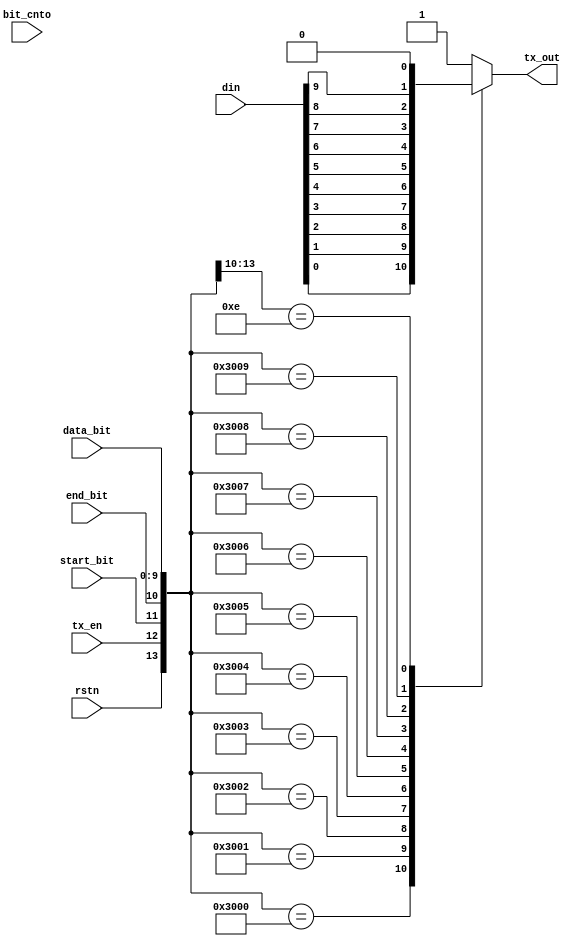
/* ----------------------------------------
		!!! TX Control module !!!
	----------------------------------------
	
	Transmit data bits
	
	
*/

module apb_tx_dp
(
	// Inputs:
	input wire			rstn,			// active LOW to reset
	input wire			tx_en,		// signal to transmit data
	input wire [9:0]  bit_cnto,	// # bit transmitted
	input wire 			start_bit,	// signal HIGH for tx start bit
	input wire			end_bit,		// signal HIGH for tx end bit
	input wire [9:0]	data_bit,	// which data bit to tx
	input wire [9:0]  din,
	
	// Outputs:
	output reg tx_out
);


/* ---------
	Data Path
	---------- */	
always @ *
begin
		
	casex ({rstn, tx_en, start_bit, end_bit, data_bit})
	
		{1'b0, 1'bx, 1'bx, 1'bx, 10'bx}: tx_out = 1'b1;	// Reset
		
		{1'b1, 1'b1, 1'b0, 1'b0, 10'd0}: tx_out = din[0]; // Data bit 0
		{1'b1, 1'b1, 1'b0, 1'b0, 10'd1}: tx_out = din[1]; // Data bit 1
		{1'b1, 1'b1, 1'b0, 1'b0, 10'd2}: tx_out = din[2]; // Data bit 2
		{1'b1, 1'b1, 1'b0, 1'b0, 10'd3}: tx_out = din[3]; // Data bit 3
		{1'b1, 1'b1, 1'b0, 1'b0, 10'd4}: tx_out = din[4]; // Data bit 4
		{1'b1, 1'b1, 1'b0, 1'b0, 10'd5}: tx_out = din[5]; // Data bit 5
		{1'b1, 1'b1, 1'b0, 1'b0, 10'd6}: tx_out = din[6]; // Data bit 6
		{1'b1, 1'b1, 1'b0, 1'b0, 10'd7}: tx_out = din[7]; // Data bit 7
		{1'b1, 1'b1, 1'b0, 1'b0, 10'd8}: tx_out = din[8]; // Data bit 8
		{1'b1, 1'b1, 1'b0, 1'b0, 10'd9}: tx_out = din[9]; // Data bit 9
		
		{1'b1, 1'b1, 1'b1, 1'b0, 10'dx}: tx_out = 1'b0; // Start bit
		{1'b1, 1'b1, 1'b0, 1'b1, 10'dx}: tx_out = 1'b1; // End bit
		
		default: tx_out = 1'b1;
		
	endcase

end

endmodule